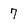
Character: 7